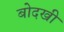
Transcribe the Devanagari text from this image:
बोदखी